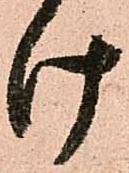
け